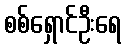
စစ်ရှောင်ဦးရေ